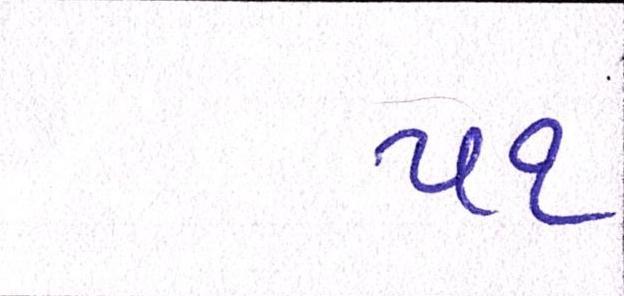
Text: ૫૧